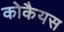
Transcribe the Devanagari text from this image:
कोकैयस